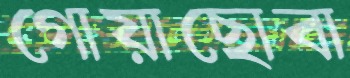
গোয়াছোবা